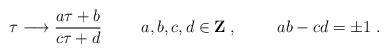
\begin{align*}\tau\longrightarrow \frac{a\tau+b}{c\tau+d} \hspace{1cm}a,b,c,d \in {\bf Z}\;, \hspace{1cm} ab-cd=\pm 1\;.\end{align*}